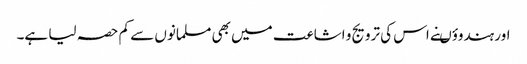
اور ہندوؤںنے اس کی ترویج و اشاعت میں بھی مسلمانوں سے کم حصہ لیا ہے۔